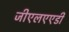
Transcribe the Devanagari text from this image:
जीएलएएडी